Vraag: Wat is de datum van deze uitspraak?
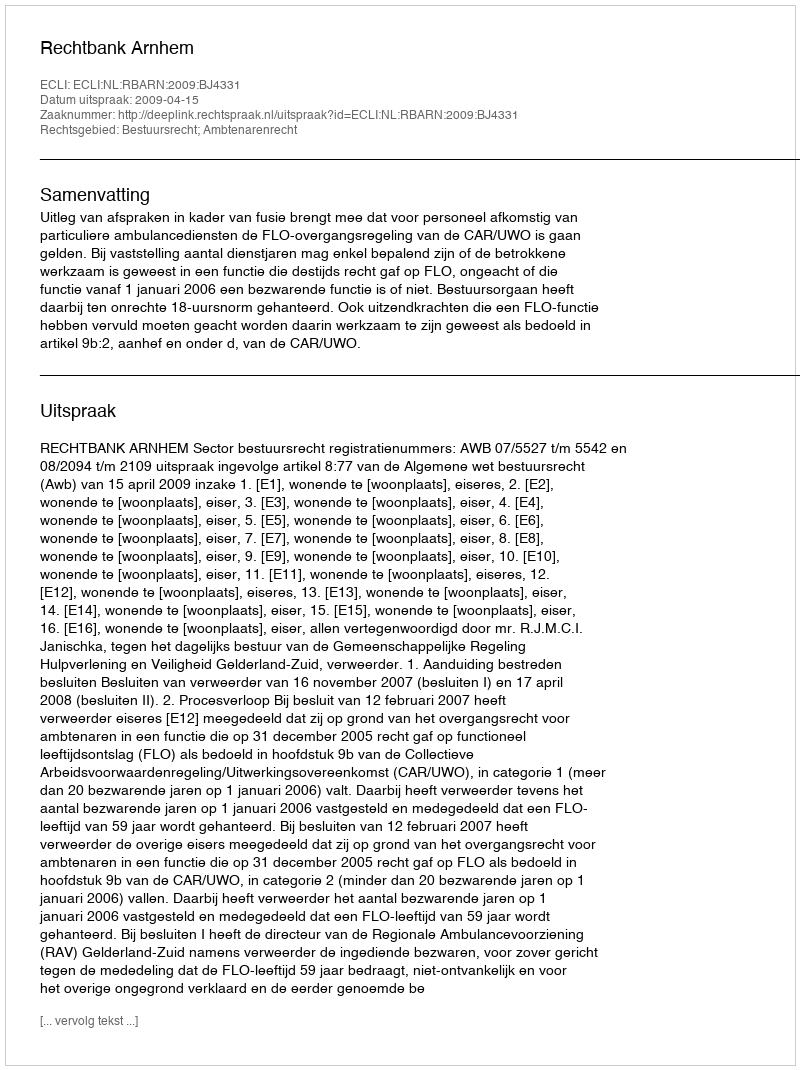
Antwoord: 2009-04-15